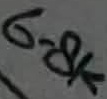
Text: 6.8K